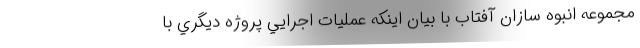
مجموعه انبوه سازان آفتاب با بیان اینکه عمليات اجرايي پروژه ديگري با